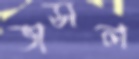
ভাসল